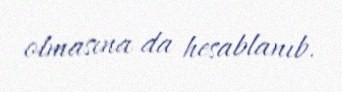
olmasına da hesablanıb.